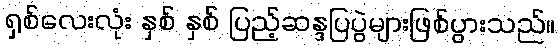
ရှစ်လေးလုံး နှစ် နှစ် ပြည့်ဆန္ဒပြပွဲများဖြစ်ပွားသည်။